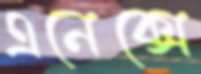
এনেক্সে